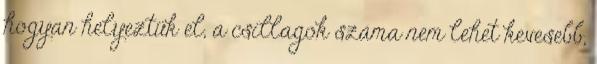
hogyan helyeztük el, a csillagok száma nem lehet kevesebb,